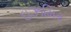
ઇઝમિર